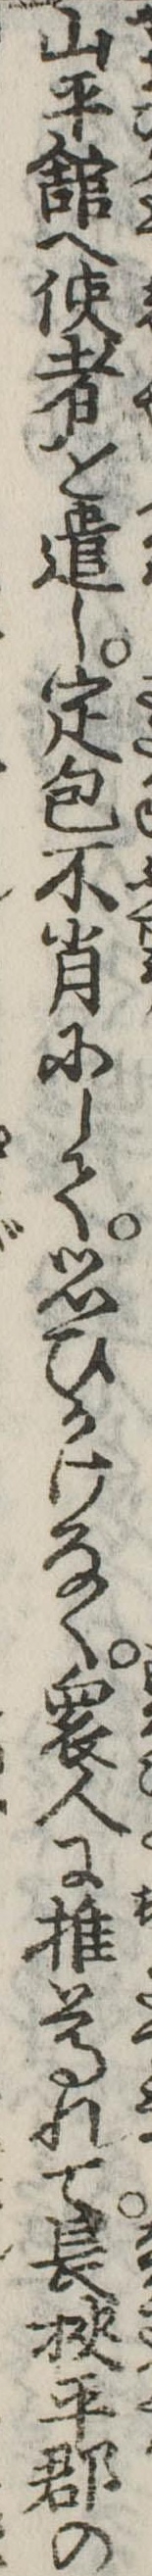
山平館へ使者を遣し定包不肖にして思ひかけなく衆人に推尊れて長狭平郡の